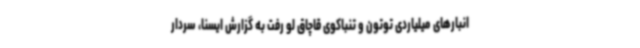
انبارهای میلیاردی توتون و تنباکوی قاچاق لو رفت به گزارش ایسنا، سردار